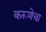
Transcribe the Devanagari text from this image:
करूणेचा